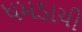
ધમડાચી